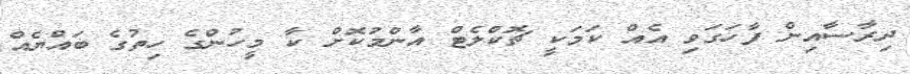
ދިރާސާއިން ފާހަގަވި އެއް ކަމަކީ ޗޮކްލެޓް އާންމުކޮށް ކާ މީހުންގެ ހިތުގެ ބައްޔެއް